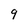
Character: 9